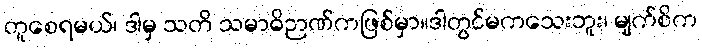
တူစေရမယ်၊ ဒါမှ သတိ သမာဓိဉာဏ်ကဖြစ်မှာ။ဒါတွင်မကသေးဘူး၊ မျက်စိက